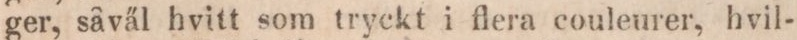
ger, såväl hvitt som tryckt i flera couleurer, hvil-